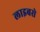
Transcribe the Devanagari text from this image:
लाइबसे